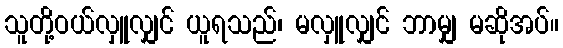
သူတို့ဝယ်လှူလျှင် ယူရသည်၊ မလှူလျှင် ဘာမျှ မဆိုအပ်။